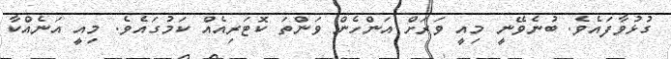
ގުޅުވާފައެވެ. ބުނެވޭނީ މިއީ ވަރަށް އަންހެން ވަންތަ ކޮޓަރިއެއް ކަމުގައެވެ. މިއީ އަނެއްކާ